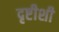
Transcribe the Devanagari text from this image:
दृष्टीशी